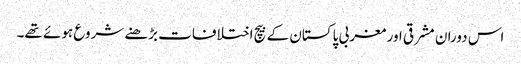
اس دوران مشرقی اور مغربی پاکستان کے بیچ اختلافات بڑھنے شروع ہوئے تھے۔